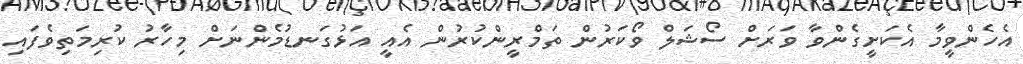
އެހެންވީމާ އެކަށީގެންވާ ވަރަށް ސޯޝަލް ވޯކަރުން ތަމްރީންކުރުން އެއީ އަޅުގަނޑުމެންނަށް މިހާރު ކުރިމަތިވެފައި